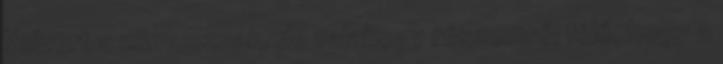
Volvert a manusznak, de valahogy részemről félő, hogy a